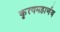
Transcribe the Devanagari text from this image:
कृत्यमहार्णव